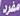
مفرد